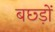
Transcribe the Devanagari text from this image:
बछ्ड़ों